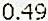
0.49